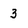
Character: 3